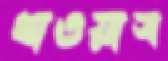
খাওয়াস